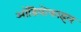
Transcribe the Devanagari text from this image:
ऑडियोफाइल